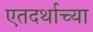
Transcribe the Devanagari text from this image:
एतदर्थाच्या